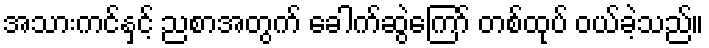
အသားကင်နှင့် ညစာအတွက် ခေါက်ဆွဲကြော် တစ်ထုပ် ဝယ်ခဲ့သည်။